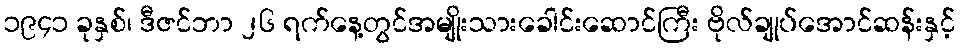
၁၉၄၁ ခုနှစ်၊ ဒီဇင်ဘာ ၂၆ ရက်နေ့တွင်အမျိုးသားခေါင်းဆောင်ကြီး ဗိုလ်ချုပ်အောင်ဆန်းနှင့်